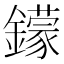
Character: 𨮵